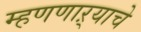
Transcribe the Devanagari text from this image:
म्हणणाऱ्याचे